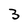
Character: S